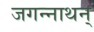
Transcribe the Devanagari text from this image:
जगन्नाथन्